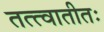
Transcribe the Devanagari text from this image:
तत्त्वातीतः